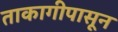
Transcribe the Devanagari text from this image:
ताकागीपासून